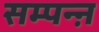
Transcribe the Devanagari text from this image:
सम्पन्ऩ